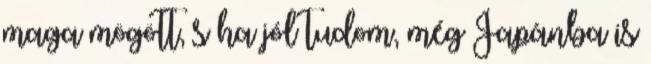
maga mögött, s ha jól tudom, még Japánba is